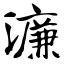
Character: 濂